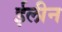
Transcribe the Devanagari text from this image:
ईलीन